Medical and sanitary report of the native army of Bengal for the year
Year: 1876
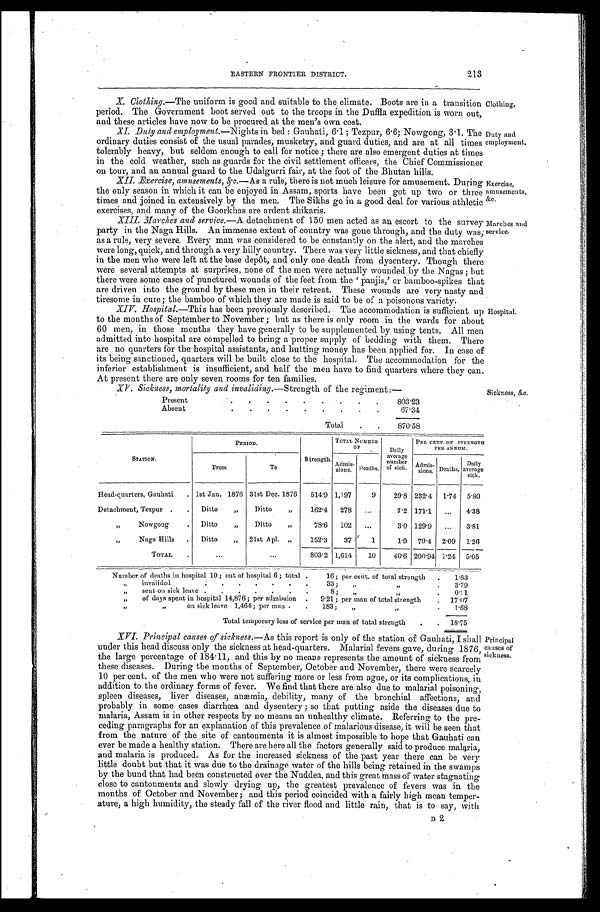
EASTERN FRONTIER DISTRICT.
X. Clothing.—The uniform is good and suitable to the climate. Boots are in a transition
period. The Government boot served out to the troops in the Duffla expedition is worn out,
and these articles have now to be procured at the men's own cost.
XI. Duty and employment.—Nights in bed : Gauhati, 6.1; Tezpur, 6.6; Nowgong, 3.1. The
ordinary duties consist of the usual parades, musketry, and guard duties, and are at all times
tolerably heavy, but seldom enough to call for notice ; there are also emergent duties at times
in the cold weather, such as guards for the civil settlement officers, the Chief Commissioner
on tour, and an annual guard to the Udalgurri fair, at the foot of the Bhutan hills.
XII. Exercise, amusements,&e.- A s
a r u l e , t h e r e i s n o t m u c h l e i s u r e f o r a m u s e m e n t . D u r i n g
the only season in which it can be enjoyed in Assam, sports have been got up two or three
times and joined in extensively by the men. The Sikhs go in a good deal for various athletic
exercises, and many of the Goorkhas are ardent shikaris.
XIII.
Marches and service.—A detachment of 150 men acted as an escort to the survey
party in the Naga Hills. An immense extent of country was gone through, and the duty was;
as a rule, very severe. Every man was considered to be constantly on the alert, and the marches
were long, quick, and through a very hilly country. There was very little sickness, and that chiefly
in the men who were left at the base depôt, and only one death from dysentery. Though there
were several attempts at surprises, none of the men were actually wounded by the Nacras; but
there were some cases of punctured wounds of the feet from the panjis,' or bamboo-spikes that
are driven into the ground by these men in their retreat. These wounds are very nasty and
tiresome in cure ; the bamboo of which they are made is said to be of a poisonous variety.
XIV. Hospital.—This has been previously described. The accommodation is sufficient up
to the months of September to November ; but as there is only room in the wards for about
60 men, in those months they have generally to be supplemented by using tents. All men
admitted into hospital are compelled to bring a proper supply of bedding with them. There
are no quarters for the hospital assistants, and hutting money has been applied for. In case of
its being sanctioned, quarters will be built close to the hospital. The accommodation for the
inferior establishment is insufficient, and half the men have to find quarters where they can.
At present there are only seven rooms for ten families.
lathing.
city and
uployment
musements,
XV . Sickness, mortality and invaiding.—Strength of the regiment:—
Present
8 0 3 . 2 3
Absent
6 7 . 3 4
T o t a l
8 7 0 . 5 8
Sickness, &c.
S T A T I O N .
PERIOD.
Strength.
TOTAL NUMBER OF
PER CENT OF STRENGTH PER ANNUM.
From
T o
Admissions. Deaths.
Dai l y aver age number of s i ck.
Admissions. Deaths. Dai l y average si ck.
Head-quarters, Gauhati
1st Jan. 1876
31st Dec. 1876
5 1 4 . 9
1 , 1 9 7
9
2 9 . 8
2 3 2 . 4
1 . 7 4
5 . 8 0
Detachmenty, Tezpur
Ditto
,,
Ditto ,,
1 6 2 . 4
2 7 8 ...
7 . 2
1 7 1 . 1 ...
4 . 3 8
,, Nowgong
Ditto ,,
Ditto ,,
7 8 . 6
1 0 2 ...
3 . 0
1 2 9 . 9 ...
3 . 8 1
Naga Hills
Ditto ,,
21st Apl
1 5 2 . 3
3 7
1
1 . 9
7 9 . 4
2 . 0 9
1 . 2 6
T O T A L
...
. . .
8 0 3 . 2
1 , 6 1 4
1 0
4 0 . 6
2 0 0 . 9 4
1 . 2 4
5 . 0 5
Nu mb e r o f d e a t h s i n h o s p i t a l 1 0 ; o u t o f h o s p i t a l 6 ; t o t a l
16; per cent of total strength
1 . 8 3
,, invalided
33;
,,,,
,,
3 . 7 9
,, sent on sick leave
8;
,,
,,
0 . 4 1
,, of days spent in hospital 14,8765; per admission
9.21; per man of total strength
1 7 . 0 7
,, ,, on sick leave 1,464; per mau
183; ,, ,,
1 . 6 8
T o t a l t e m p o r a r y l o s s s e r v i c e p e r m a n o f t o t a l s t r e u g t h
1 8 . 7 5
XVI. Principal causes of sickness.— As this report is only of the station of Gauhati, I shall
under this head discuss only the sickness at head-quarters. Malarial fevers gave, during 1876,
the large percentage of 184.11, and this by no means represents the amount of sickness from
these diseases. During the months of September, October and November, there were scarcely
10 per cent. of the men who were not suffering more or less from ague, or its complications, in
addition to the ordinary forms of fever. We find that there are also due to malarial poisoning,
spleen diseases, liver diseases, anæmia, debility, many of the bronchial affections, and
probably in some cases diarrhœa and dysentery; so that putting aside the diseases due to
malaria, Assam is in other respects by no means an unhealthy climate. Referring to the pre-
ceding paragraphs for an explanation of this prevalence of malarious disease, it will be seen that
from the nature of the site of cantonments it is almost impossible to hope that Gauhati can
ever be made a healthy station. There are here all the factors generally said to produce malaria,
and malaria is produced. As for the increased sickness of the past year there can be very
little doubt but that it was due to the drainage water of the hills being retained in the swamps
by the bund that had been constructed over the Nuddea, and this great mass of water stagnating
close to cantonments and slowly drying up, the greatest prevalence of fevers was in the
months of October and November; and this period coincided with a fairly high mean temper-
ature, a high humidity, the steady fall of the river flood and little rain, that is to say, with
D 2
P r i n i c i p a l c a u s e s o f s i c k n e s s .